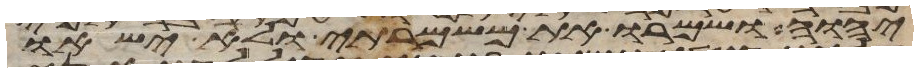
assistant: יהוה ושמרו את משמרתי ולא ישאו